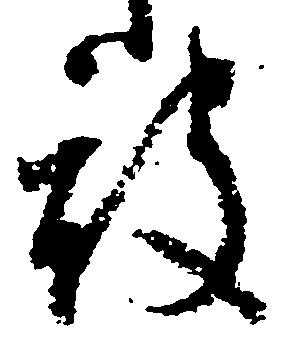
被